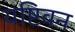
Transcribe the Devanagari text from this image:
यष्टिवन